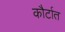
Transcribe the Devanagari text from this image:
कौर्टात